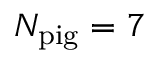
N _ { \mathrm { p i g } } = 7